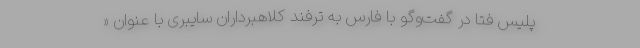
پلیس فتا در گفت‌وگو با فارس به ترفند کلاهبرداران سایبری با عنوان «